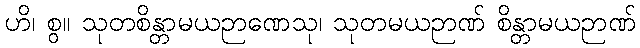
ဟိ၊ စွ။ သုတစိန္တာမယဉာဏေသု၊ သုတမယဉာဏ် စိန္တာမယဉာဏ်